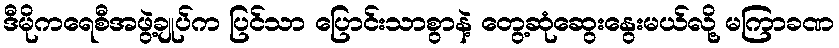
ဒီမိုကရေစီအဖွဲ့ချုပ်က ပြင်သာ ပြောင်းသာစွာနဲ့ တွေ့ဆုံဆွေးနွေးမယ်လို့ မကြာခဏ